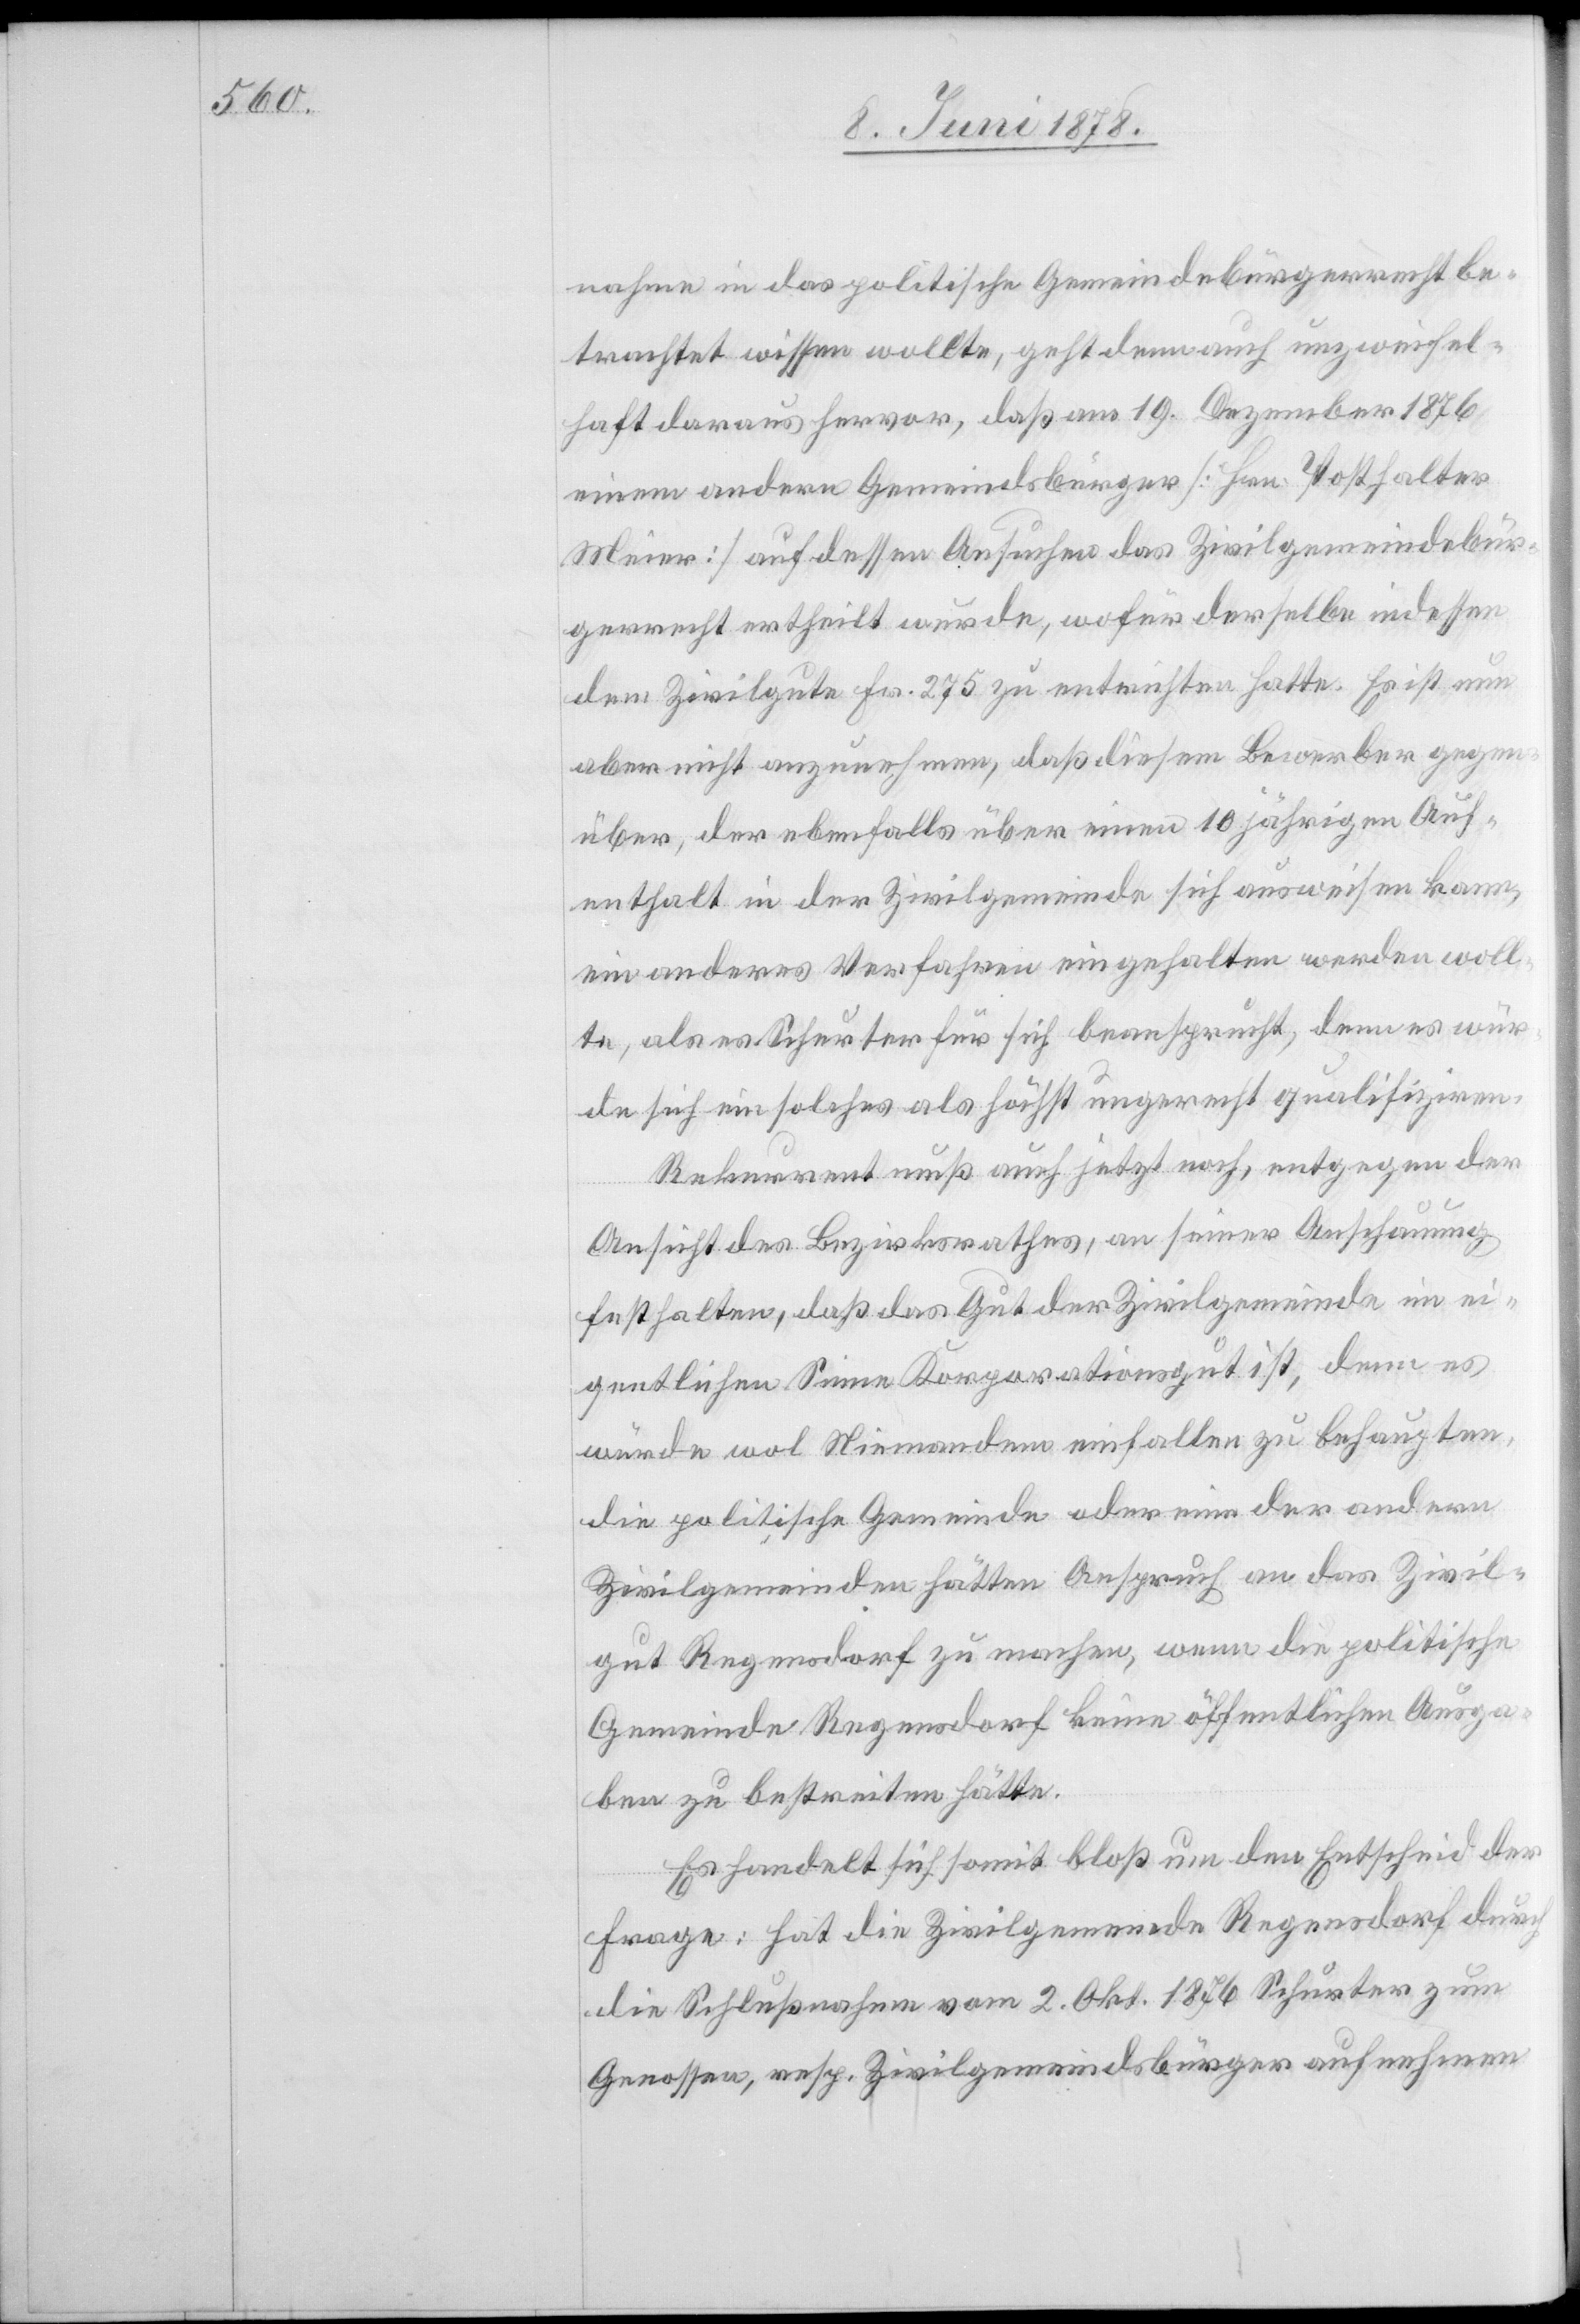
nahme in das politische Gemeindebürgerrecht be¬
trachtet wissen wollte, geht denn auch unzweifel¬
haft daraus hervor, daß am 19. Dezember 1876
einem andern Gemeindsbürger [Hrn. Posthalter
Meier] auf dessen Ansuchen das Zivilgemeindebür¬
gerrecht ertheilt wurde, wofür derselbe indessen
dem Zivilgute Fr. 275 zu entrichten hatte. Es ist nun
aber nicht anzunehmen, das diesem Bewerber gegen¬
über, der ebenfalls über einen 10 jährigen Auf¬
enthalt in der Zivilgemeinde sich ausweisen kann,
ein anderes Verfahren eingehalten werden woll¬
te, als es Schurter für sich beansprucht, denn es wür¬
de sich ein solches als höchst ungerecht qualifiziren.
Rekurrent muß auch jetzt noch, entgegen der
Ansicht des Bezirksrathes, an seiner Anschauung
festhalten, daß das Gut der Zivilgemeinde im ei¬
gentlichen Sinne Korporationsgut ist, denn es
würde wol Niemandem einfallen zu behaupten,
die politische Gemeinde oder eine der andern
Zivilgemeinden hätten Anspruch an das Zivil¬
gut Regensdorf zu machen, wenn die politische
Gemeinde Regensdorf keine öffentlichen Ausga¬
ben zu bestreiten hätte.
Es handelt sich somit bloß um den Entscheid der
Frage: hat die Zivilgemeinde Regensdorf durch
die Schlußnahme vom 2. Okt. 1876 Schurter zum
Genossen, resp. Zivilgemeindsbürger aufnehmen